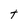
Character: t